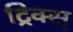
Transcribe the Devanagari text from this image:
ट्रिक्स्